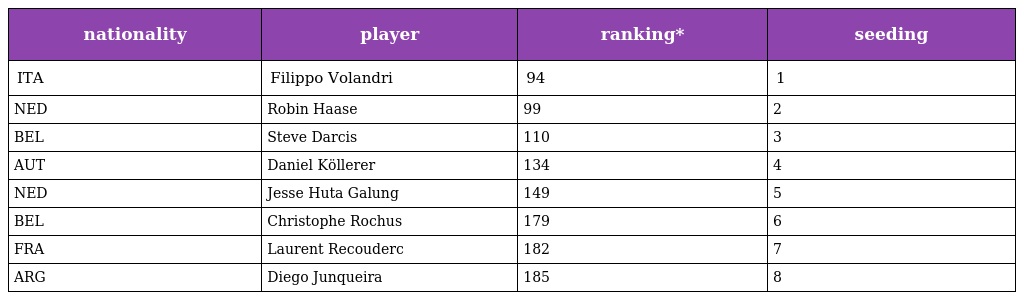
| nationality | player | ranking* | seeding |
 | --- | --- | --- | --- |
 | ITA | Filippo Volandri | 94 | 1 |
 | NED | Robin Haase | 99 | 2 |
 | BEL | Steve Darcis | 110 | 3 |
 | AUT | Daniel Köllerer | 134 | 4 |
 | NED | Jesse Huta Galung | 149 | 5 |
 | BEL | Christophe Rochus | 179 | 6 |
 | FRA | Laurent Recouderc | 182 | 7 |
 | ARG | Diego Junqueira | 185 | 8 |